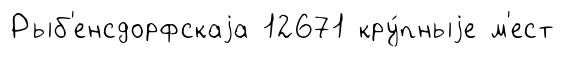
Рыб'енсдорфскаjа 12671 кру́пныjе м'ест